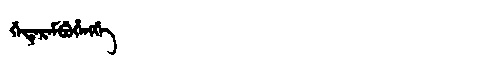
Manchu: ᡤᡝᡨᡝᡵᡝᠮᠪᡠᡥᡝᠩᡤᡝ
Romanization: GETEREMBUHENGGE